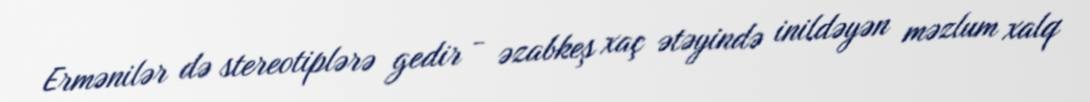
Ermənilər də stereotiplərə gedir - əzabkeş xaç ətəyində inildəyən məzlum xalq